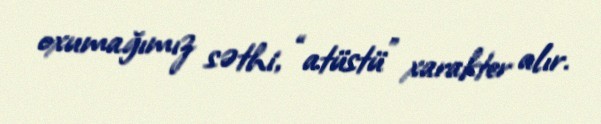
oxumağımız səthi, “atüstü” xarakter alır.